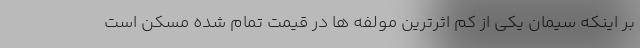
بر اینکه سیمان یکی از کم اثرترین مولفه ها در قیمت تمام شده مسکن است